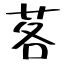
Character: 茖